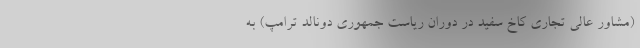
(مشاور عالی تجاری کاخ سفید در دوران ریاست جمهوری دونالد ترامپ) به